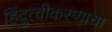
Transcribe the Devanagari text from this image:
हिंदुत्वीकरणाचा